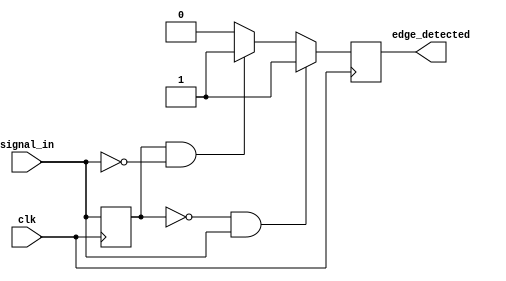
module edge_detector (
    input wire clk,           // Clock signal
    input wire signal_in,     // Input signal
    output reg edge_detected   // Output signal indicating edge detection
);

    reg signal_prev;          // Register to store the previous state of the input signal

    // Edge detection logic
    always @(posedge clk) begin
        // Detect a rising edge
        if (signal_prev == 1'b0 && signal_in == 1'b1) begin
            edge_detected <= 1'b1; // Rising edge detected
        end
        // Detect a falling edge
        else if (signal_prev == 1'b1 && signal_in == 1'b0) begin
            edge_detected <= 1'b1; // Falling edge detected
        end
        else begin
            edge_detected <= 1'b0; // No edge detected
        end

        // Update the previous state
        signal_prev <= signal_in; // Store the current state for the next clock cycle
    end

endmodule